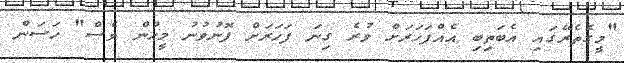
"މީގެތެރޭގައި އެބަތިބި އެއްފަހަރަށް ވުރެ ގިނަ ފަހަރަށް ފޮނުވުނު މީހުން ވެސް" ހަސަން